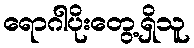
ရောဂါပိုးတွေ့ရှိသူ